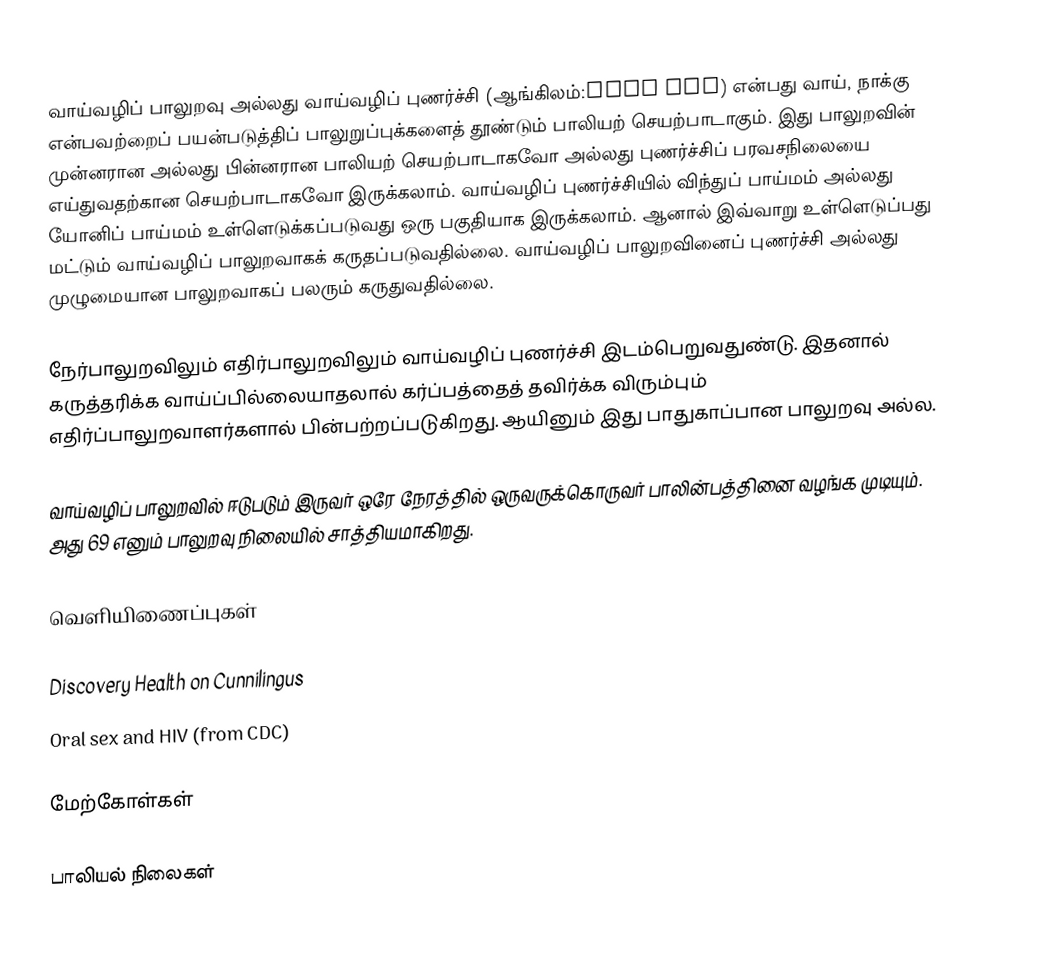
வாய்வழிப் பாலுறவு அல்லது வாய்வழிப் புணர்ச்சி (ஆங்கிலம்:Oral sex) என்பது வாய், நாக்கு என்பவற்றைப் பயன்படுத்திப் பாலுறுப்புக்களைத் தூண்டும் பாலியற் செயற்பாடாகும். இது பாலுறவின் முன்னரான அல்லது பின்னரான பாலியற் செயற்பாடாகவோ அல்லது புணர்ச்சிப் பரவசநிலையை எய்துவதற்கான செயற்பாடாகவோ இருக்கலாம். வாய்வழிப் புணர்ச்சியில் விந்துப் பாய்மம் அல்லது யோனிப் பாய்மம் உள்ளெடுக்கப்படுவது ஒரு பகுதியாக இருக்கலாம். ஆனால் இவ்வாறு உள்ளெடுப்பது மட்டும் வாய்வழிப் பாலுறவாகக் கருதப்படுவதில்லை. வாய்வழிப் பாலுறவினைப் புணர்ச்சி அல்லது முழுமையான பாலுறவாகப் பலரும் கருதுவதில்லை.

நேர்பாலுறவிலும் எதிர்பாலுறவிலும் வாய்வழிப் புணர்ச்சி இடம்பெறுவதுண்டு. இதனால் கருத்தரிக்க வாய்ப்பில்லையாதலால் கர்ப்பத்தைத் தவிர்க்க விரும்பும் எதிர்ப்பாலுறவாளர்களால் பின்பற்றப்படுகிறது. ஆயினும் இது பாதுகாப்பான பாலுறவு அல்ல.

வாய்வழிப் பாலுறவில் ஈடுபடும் இருவர் ஒரே நேரத்தில் ஒருவருக்கொருவர் பாலின்பத்தினை வழங்க முடியும். அது 69 எனும் பாலுறவு நிலையில் சாத்தியமாகிறது.

வெளியிணைப்புகள்

 Discovery Health on Cunnilingus
 Oral sex and HIV (from CDC)

மேற்கோள்கள்

பாலியல் நிலைகள்